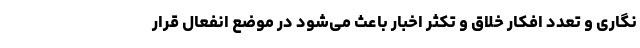
نگاری و تعدد افکار خلاق و تکثر اخبار باعث می‌شود در موضع انفعال قرار